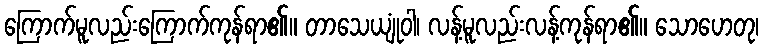
ကြောက်မူလည်းကြောက်ကုန်ရာ၏။ တာသေယျုံဝါ၊ လန့်မူလည်းလန့်ကုန်ရာ၏။ သောဟေတု၊